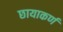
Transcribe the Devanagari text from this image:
छायाकर्ण